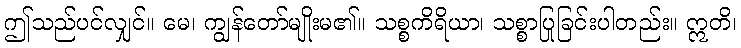
ဤသည်ပင်လျှင်။ မေ၊ ကျွန်တော်မျိုးမ၏။ သစ္စကိရိယာ၊ သစ္စာပြုခြင်းပါတည်း။ ဣတိ၊